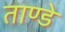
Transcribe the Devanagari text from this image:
ताण्डे